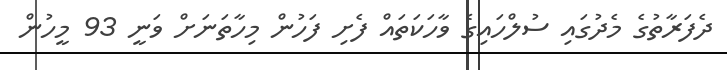
ދެފަރާތުގެ މެދުގައި ސުލްހައިގެ ވާހަކަތައް ފެށި ފަހުން މިހާތަނަށް ވަނީ 93 މީހުން